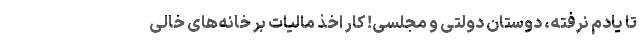
تا یادم نرفته، دوستان دولتی و مجلسی! کار اخذ مالیات بر خانه‌های خالی